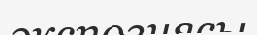
экспозиясы